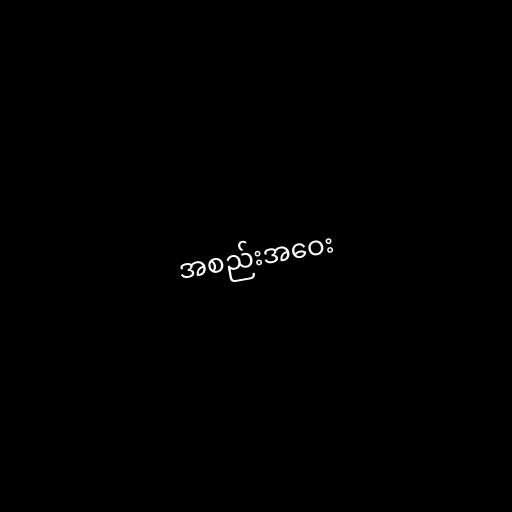
အစည်းအဝေး